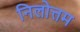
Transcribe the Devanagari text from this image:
निलोत्तम